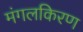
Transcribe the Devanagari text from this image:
मंगलकिरण